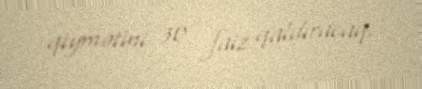
qiymətini 30 faiz qaldıracaq.